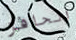
الحافز